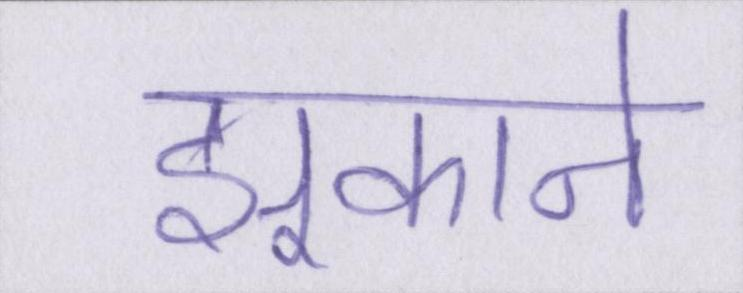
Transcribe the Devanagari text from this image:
झुकाने